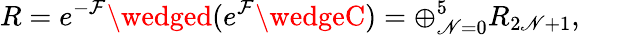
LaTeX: R=e^{-{\cal{F}}}\wedged(e^{\cal{F}}\wedgeC)=\oplus_{\mathscr{N}=0}^{5}R_{2\mathscr{N}+1},\qquad